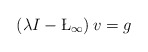
\begin{align*} \left(\lambda I-\L_{\infty}\right)v=g \end{align*}